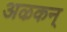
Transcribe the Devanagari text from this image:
अऴकन्